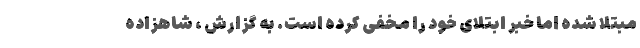
مبتلا شده اما خبر ابتلای خود را مخفی کرده است. به گزارش ، شاهزاده